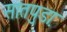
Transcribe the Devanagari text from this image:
सातपुडा़